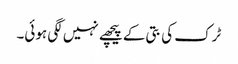
ٹرک کی بتی کے پیچھے نہیں لگی ہوئی۔